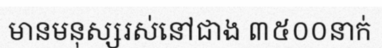
មានមនុស្សរស់នៅជាង ៣៥០០នាក់